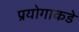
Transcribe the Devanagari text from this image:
प्रयोगाकडे